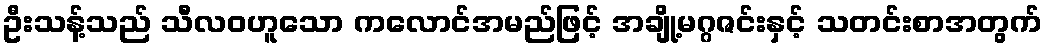
ဦးသန့်သည် သီလဝဟူသော ကလောင်အမည်ဖြင့် အချို့မဂ္ဂဇင်းနှင့် သတင်းစာအတွက်